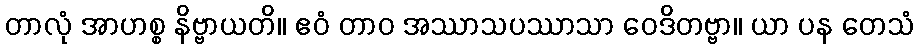
တာလုံ အာဟစ္စ နိဗ္ဗာယတိ။ ဧဝံ တာဝ အဿာသပဿာသာ ဝေဒိတဗ္ဗာ။ ယာ ပန တေသံ